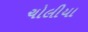
ચોલીયા